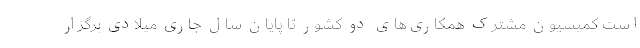
است کمیسیون مشترک همکاری‌های دو کشور تا پایان سال جاری میلادی برگزار